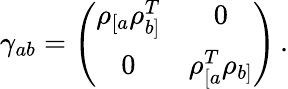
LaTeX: \gamma_{ab}=\left(\begin{array}{cc}{{\rho_{[a}\rho_{b]}^{T}}}&{{0}}\\ {{0}}&{{\rho_{[a}^{T}\rho_{b]}}}\end{array}\right)\, .